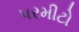
પરમીટો